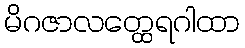
မိဂဇာလတ္ထေရဂါထာ